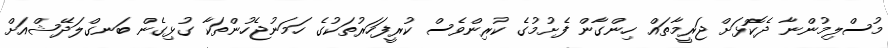
މުސްލިމުންނާ ދެކޮޅަށް ޖަރީމާތައް ހިންގާން ފެށުމުގެ ކުރިންވެސް ކުރީފަހަރުތަކުގެ ހަމަނުޖެހުންތަކާ ގުޅިގެން ބަނގްލަދޭޝްއަށް